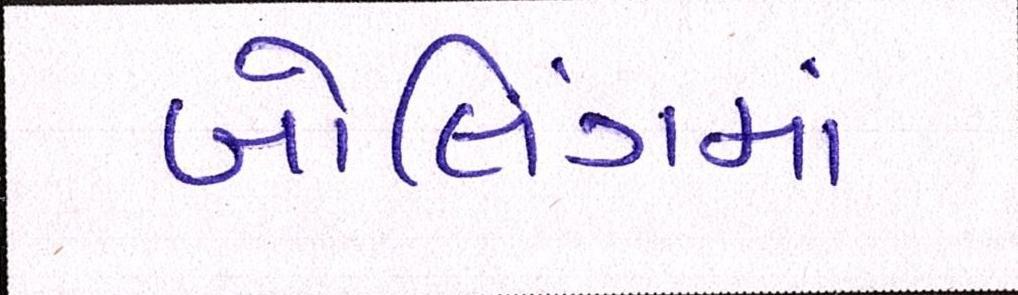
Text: બોલિંગમાં